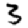
Digit: 3